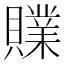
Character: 𧸢